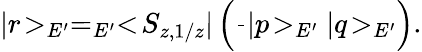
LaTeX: |r\! >_{E^{\prime}}=_{E^{\prime}}<\! S_{z,1/z}|\left(\frac{}{}|p\! >_{E^{\prime}}|q\! >_{E^{\prime}}\right).